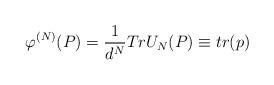
LaTeX: \begin{align*}\varphi ^{\left( N\right) }(P)=\frac{1}{d^{N}}TrU_{N}(P)\equiv tr(p)\end{align*}